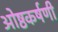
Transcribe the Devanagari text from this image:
ओष्ठकर्षणी